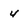
Character: 4